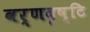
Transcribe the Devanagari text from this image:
वर्णदृष्टि